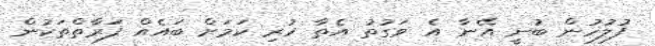
ފުލުހުން ބުނީ އޭނާ އެ ވަގުތު އެތާ ހުރި ކަމަށް ބައެއް ފަރާތްތަކުން